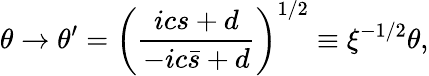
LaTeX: \theta\rightarrow\theta^{\prime}=\left(\frac{ics+d}{-ic\bar{s}+d}\right)^{1/2}\equiv\xi^{-1/2}\theta,